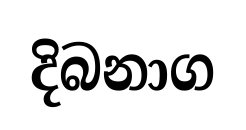
දිබනාග